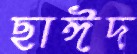
ছাঈদ